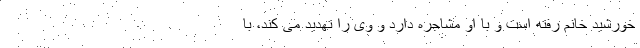
خورشید خانم رفته است و با او مشاجره دارد و وی را تهدید می کند، با